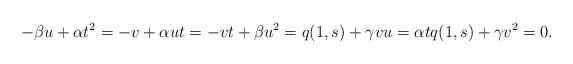
LaTeX: \begin{align*}-\beta u + \alpha t^2 = - v + \alpha u t = - vt + \beta u^2 = q (1,s) + \gamma v u = \alpha t q (1,s) + \gamma v^2 = 0.\end{align*}